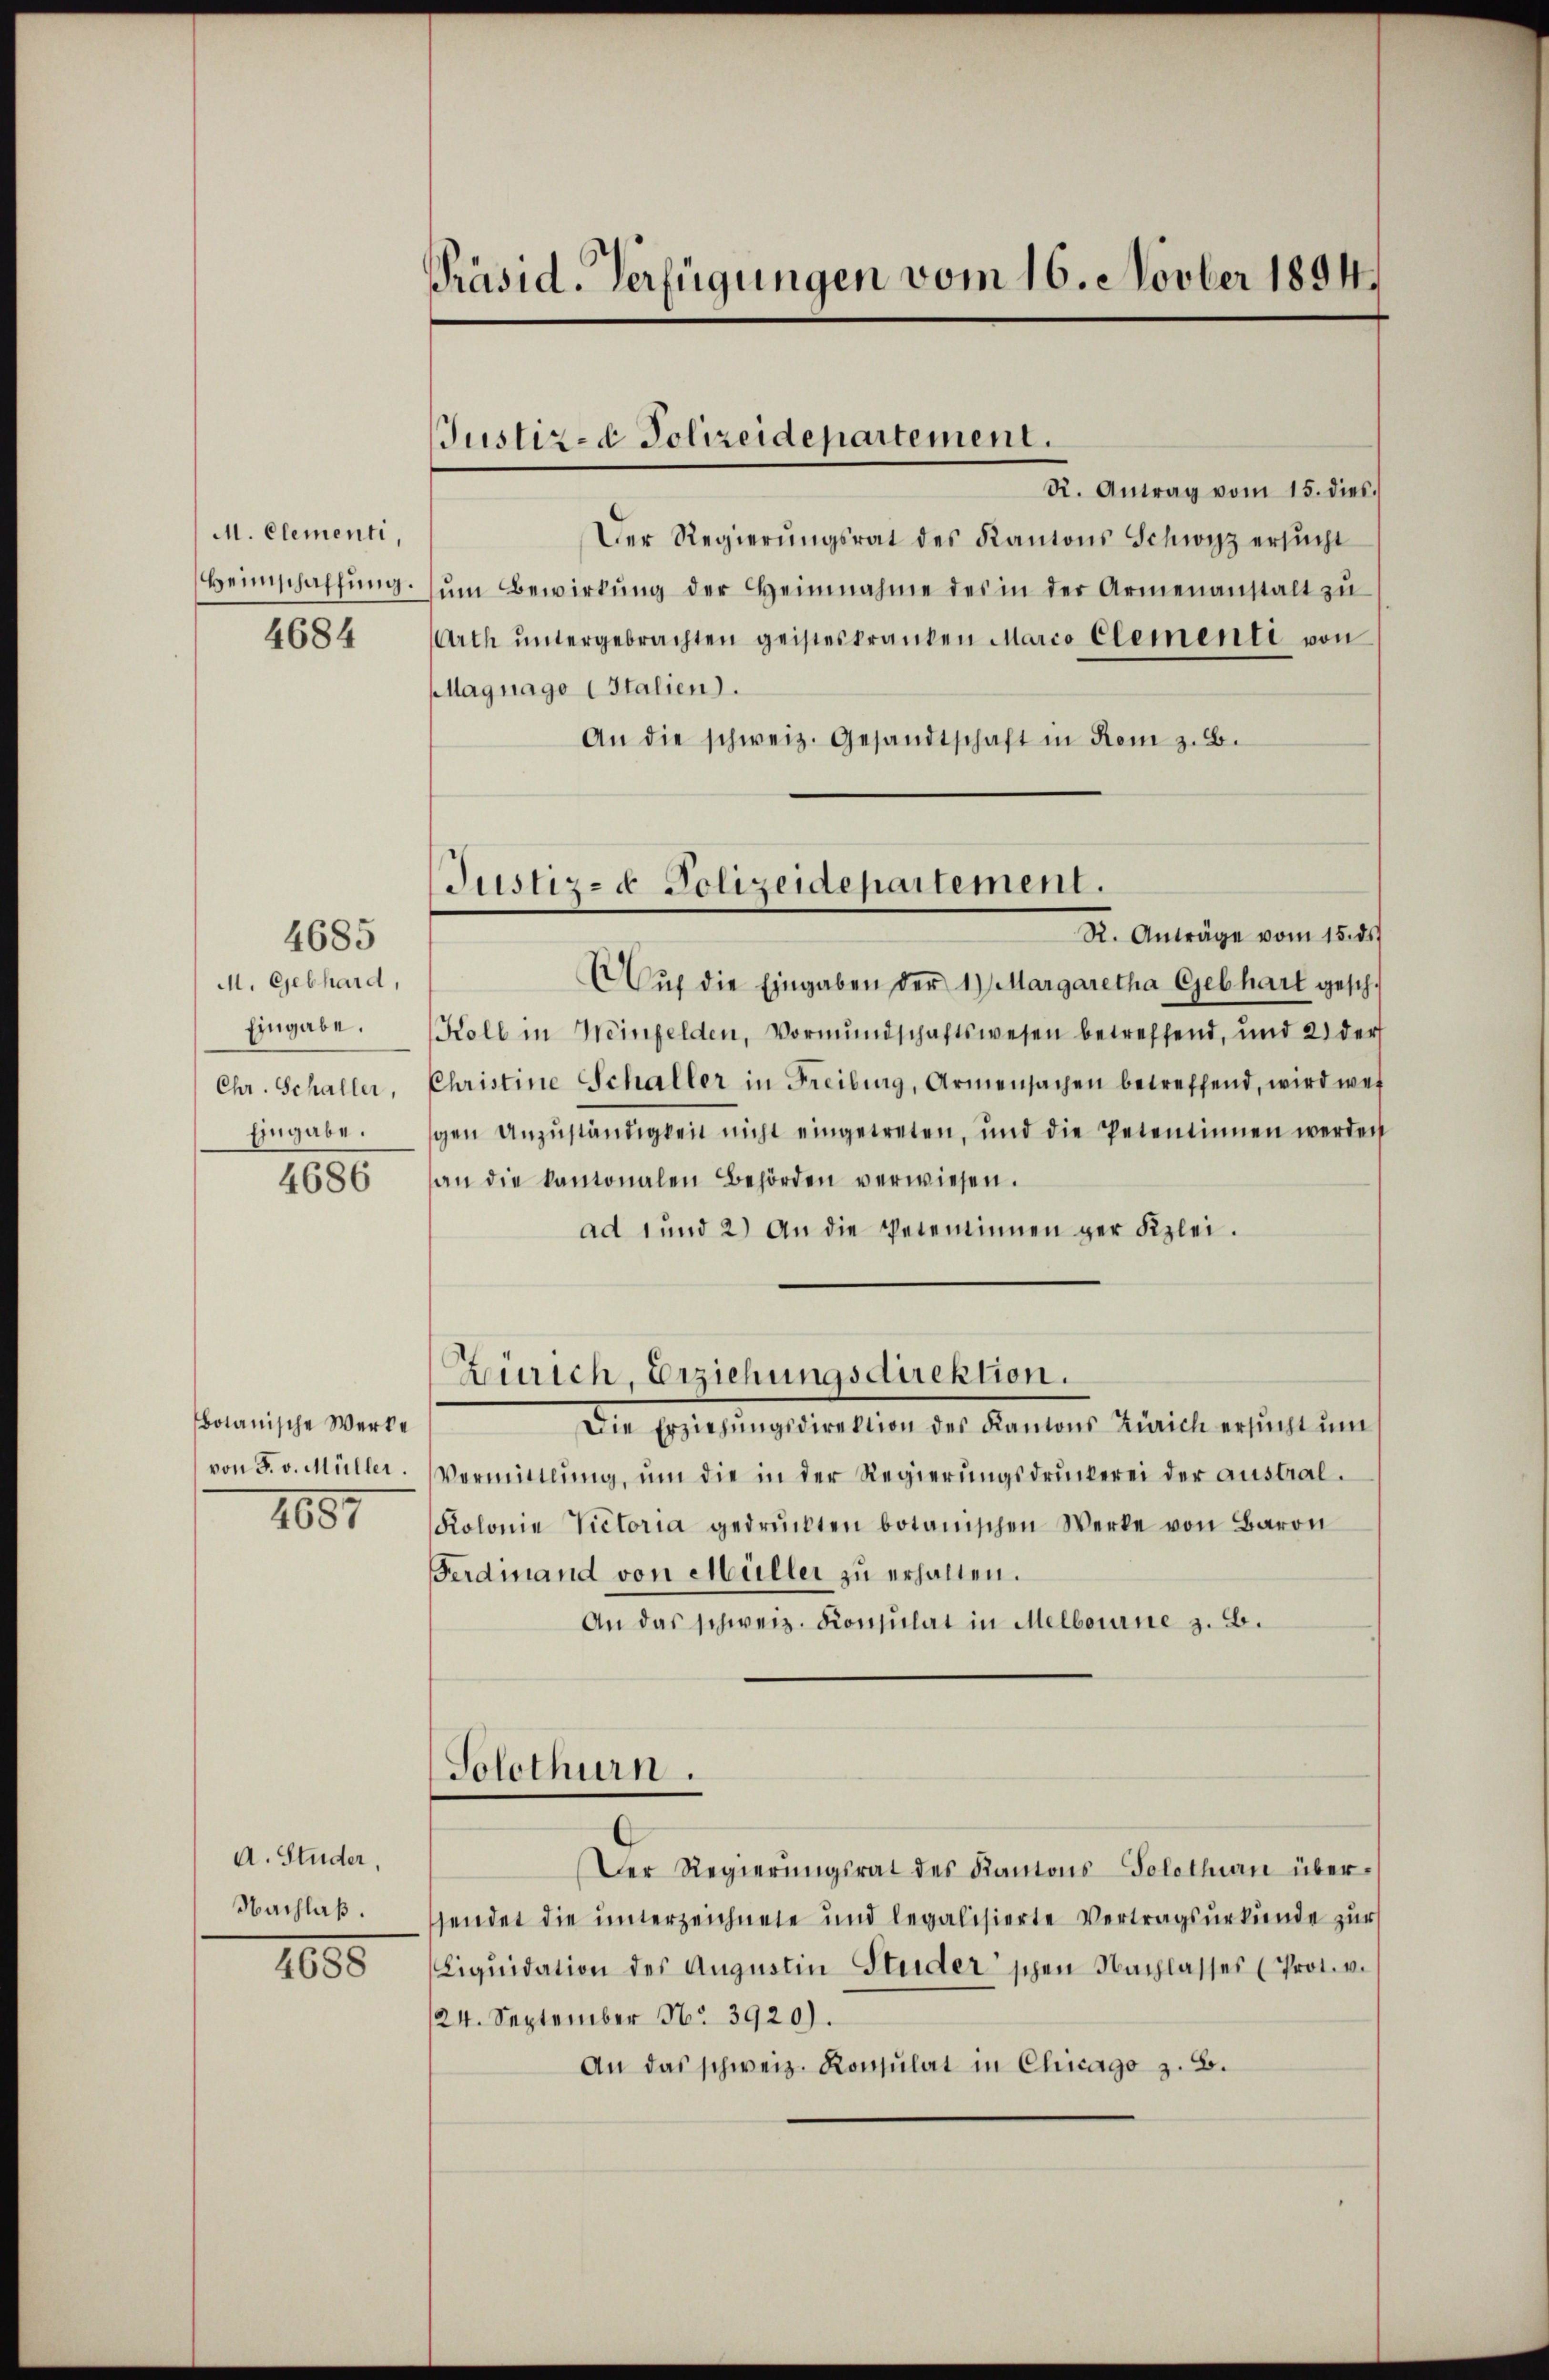
M. Clementi,
Heimschaffung.
4684

M. Gebhard,
Eingabe.
Chr. Schaller,
Eingabe.
4686

4685

botanische Werke
von F. v. Müller.
1651

A. Studer,
Nachlaß.

4688

Präsid. Verfügungen vom 16. Novber 1894.

Justiz- & Polizeidepartement.

Justiz- & Polizeidepartement.
R. Anträge vom 15. ds.

R. Antrag vom 15. dies
Der Regierŭngsrat des Kantons Schwyz ersŭcht
ŭm Bewirkŭng der Heinnahme des in der Armenanstalt zŭ
Arth ŭntergebrachten geisteskranken Marco Clementi von
agnago Italien).
An die schweiz. Gesandtschaft in Rom z. B.
 Aŭf die Eingaben der 1) Margaretha Gebhart gesch.
Kolb in Weinfelden, Vormundschaftswesen betreffend, und 2 der
Christine Schaller in Freiburg, Armensachen betreffend, wird wei
gen Anzŭständigkeit nicht eingetreten, und die Petentinnen werden
an die kantonalen Behörden verwiesen.
ad 1 und 2) An die Vereininnen ger Klei¬
Zürich, Erziehungsdirektion.
Die Erziehŭngsdirektion des Kantons Zürich ersŭcht ŭm
Vermittlung, um die in der Regierungsdruckerei der Austral¬
Kolonie Victoria gedrückten botanischen Werke von Baron
Ferdmand von Müller zu erhalten.
An das schweiz. Konsulat in Melbourne z. B.
Solothurn.
Der Regierŭngsrat des Kantons Solothurn übersendet die unterzeichnete und legalisierte Vertragsurkunde zur
Liqŭidation des Augustin Studerschen Nachlasses (Prot. v.
24. September No 3920).
An das schweiz. Konsulat in Chicago z. B.